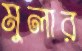
মুলার